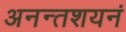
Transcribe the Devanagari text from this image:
अनन्तशयनं